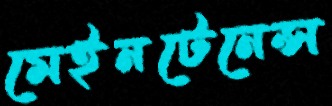
মেইনটেনেন্স